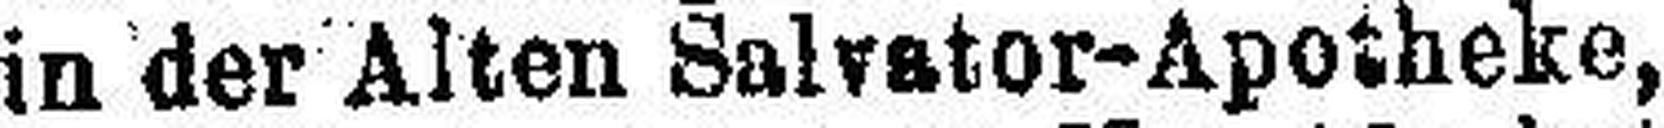
in der Alten Salvator-Apotheke,